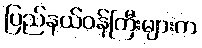
ပြည်နယ်ဝန်ကြီးများက